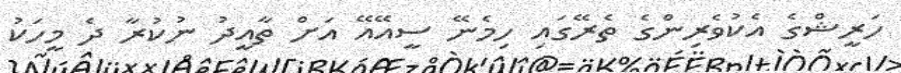
ހަރީޝްގެ އެކުވެރިންގެ ތެރޭގައި ހިމެނޭ ސީއޭއޭ އަށް ތާއީދު ނުކުރާ ދެ މީހަކު